Lunatic asylums United Provinces 1909-1921 - 1909-1921
Year: 1909
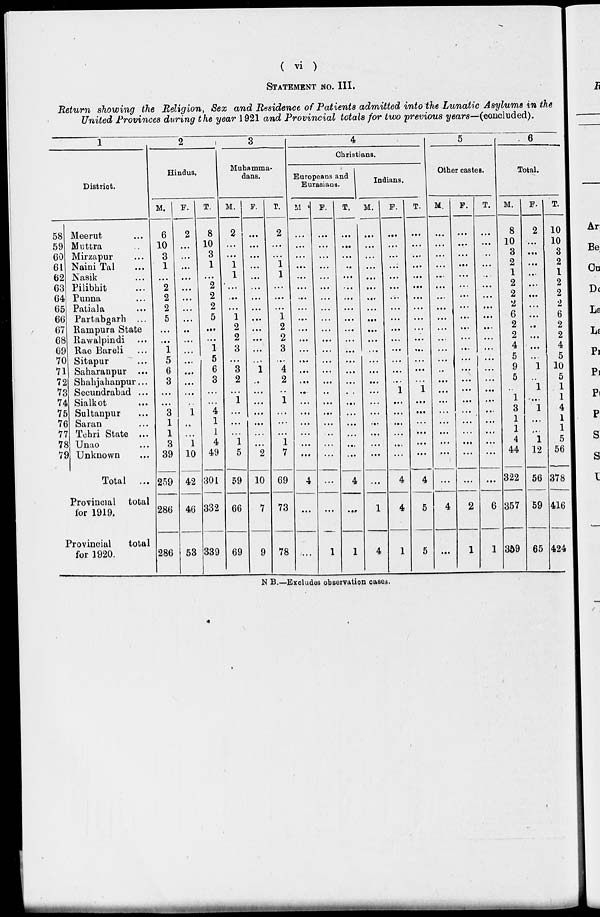
( vi )
STATEMENT NO. III.
Return showing the Religion, Sex and Residence of Patients admitted into the Lunatic Asylums in the
United Provinces during the year 1921 and Provincial totals for two previous years—(concluded).
1
District.
58
59
60
61
62
63
64
65
66
67
68
69
70
71
72
73
74
75
76
77
78
79
Meerut ...
Muttra ...
Mirzapur ...
Naini Tal ...
Nasik ...
Pilibhit ...
Punna ...
Patiala ...
Partabgarh ...
Rampura State
Rawalpindi ...
Rae Bareli ...
Sitapur ...
Saharanpur ...
Shahjahanpur ...
Secundrabad ...
Sialkot ...
Sultanpur ...
Saran ...
Tehri State ...
Unao ...
Unknown ...
Total ...
Provincial total
for 1919.
Provincial
total
for 1920.
2
Hindus.
M.
6
10
3
1
...
2
2
2
5
...
...
1
5
6
3
...
...
3
1
1
3
39
259
286
286
F.
2
...
...
...
...
...
...
...
...
..
...
...
...
...
...
...
..
1
..
...
1
10
42
46
53
T.
8
10
3
1
...
2
2
2
5
...
...
1
5
6
3
...
...
4
1
1
4
49
301
332
339
3
Muhamma-
dans.
M.
2
...
...
1
1
...
...
...
1
2
2
3
...
3
2
...
1
...
...
...
1
5
59
66
69
F.
...
...
...
...
...
...
...
...
...
...
...
...
...
1
..
...
...
...
...
...
...
2
10
7
9
T.
2
...
...
1
1
...
...
...
1
2
2
3
...
4
2
..
1
...
...
...
1
7
69
73
78
4
Christians.
Europeans and
Eurasians.
M.
...
...
...
...
...
...
...
...
...
...
...
...
...
...
...
...
...
...
...
...
...
...
4
...
...
F.
...
...
...
...
...
...
...
...
...
...
...
...
...
...
...
..
...
...
...
..
...
...
...
...
1
T.
...
...
...
..
...
...
...
...
...
...
...
...
...
...
...
...
...
...
...
...
...
...
4
...
1
Indians.
M.
...
...
...
...
...
...
...
...
...
...
...
...
...
...
...
...
...
...
...
...
...
...
...
1
4
F.
...
...
...
...
...
...
...
...
...
...
...
...
...
...
...
1
...
...
...
...
...
...
4
4
1
T.
...
...
...
...
...
...
...
...
...
...
...
...
...
...
...
1
...
...
...
...
...
...
4
5
5
5
Other castes.
M.
...
...
...
...
...
...
...
...
...
...
...
...
...
..
...
...
...
...
...
...
...
...
...
4
...
F.
...
...
...
...
...
...
...
...
...
...
...
...
...
...
...
...
...
...
...
...
...
...
...
2
1
T.
...
...
...
...
...
...
...
...
...
...
...
...
...
...
...
...
...
...
...
...
...
...
...
6
1
6
Total.
M.
8
10
3
2
1
2
2
2
6
2
2
4
5
9
5
..
1
3
1
1
4
44
322
357
359
F.
2
...
...
...
...
...
...
...
...
..
...
...
...
1
..
1
...
1
...
...
1
12
56
59
65
T.
10
10
3
2
1
2
2
2
6
2
2
4
5
10
5
1
1
4
1
1
5
56
378
416
424
N B.—Excludes observation cases.